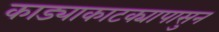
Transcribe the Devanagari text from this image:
काड्याकाटक्यापासुन